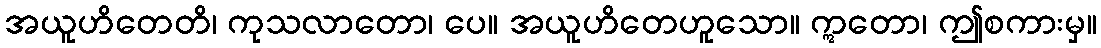
အယူဟိတေတိ၊ ကုသလာတော၊ ပေ။ အယူဟိတေဟူသော။ ဣတော၊ ဤစကားမှ။